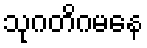
သုဂတိဂမနေ